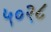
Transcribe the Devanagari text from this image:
५०२८